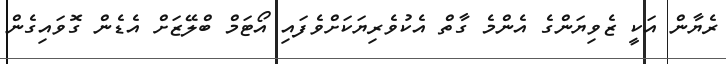
ރެޔާން އަކީ ޒެވިޔަންގެ އެންމެ ގާތް އެކުވެރިޔަކަށްވެފައި އޯޓަމް ބްލޭޒަށް އެޑެން ގޮވައިގެން